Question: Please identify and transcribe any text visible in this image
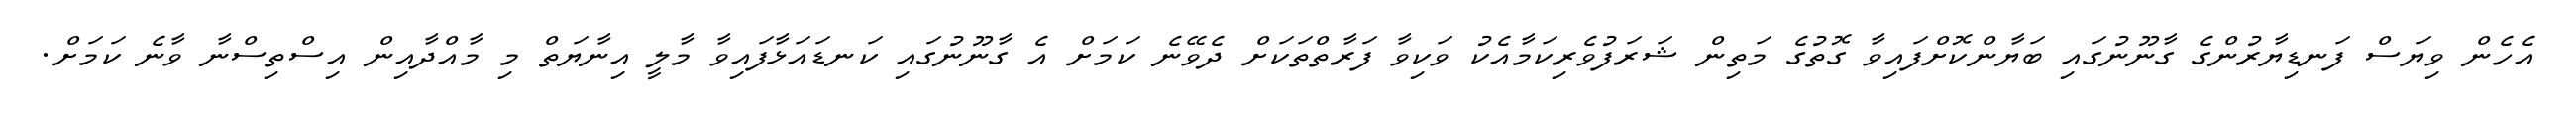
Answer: އެހެން ވިޔަސް ފަނޑިޔާރުންގެ ގާނޫނުގައި ބަޔާންކޮށްފައިވާ ގޮތުގެ މަތިން ޝަރަފުވެރިކަމާއެކު ވަކިވާ ފަރާތްތަކަށް ދެވޭނެ ކަމަށް އެ ގާނޫނުގައި ކަނޑައަޅާފައިވާ މާލީ އިނާޔަތް މި މާއްދާއިން އިސްތިސްނާ ވާނެ ކަމަށް.